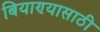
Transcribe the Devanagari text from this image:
बियाण्यासाठी